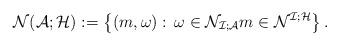
LaTeX: \begin{align*}\mathcal{N}(\mathcal{A};\mathcal{H}):=\left\{ (m,\omega):\,\omega\in\mathcal{N}_{\mathcal{I};\mathcal{A}}m\in\mathcal{N}^{\mathcal{I};\mathcal{H}}\right\}. \end{align*}